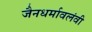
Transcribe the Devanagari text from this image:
जैनधर्मावलंवी